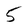
Character: 5